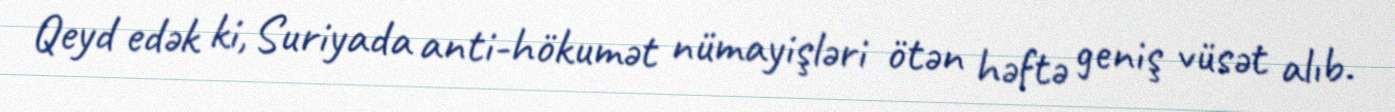
Qeyd edək ki, Suriyada anti-hökumət nümayişləri ötən həftə geniş vüsət alıb.